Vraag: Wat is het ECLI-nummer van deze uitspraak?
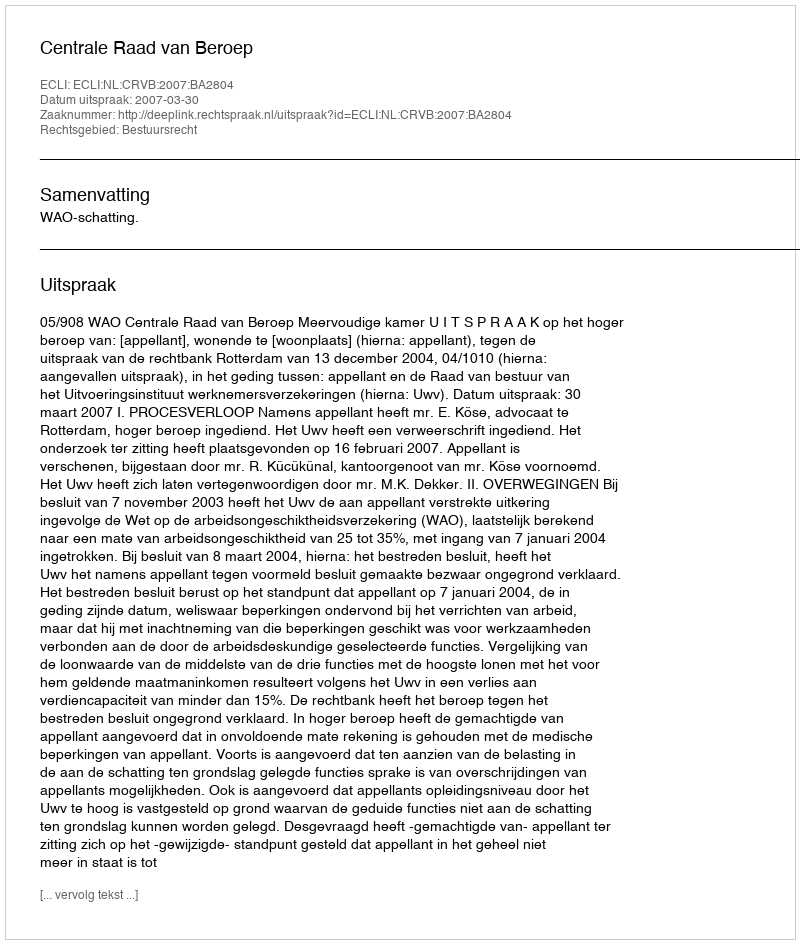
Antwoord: ECLI:NL:CRVB:2007:BA2804